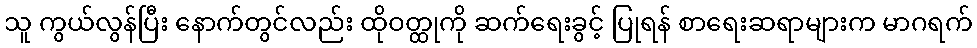
သူ ကွယ်လွန်ပြီး နောက်တွင်လည်း ထိုဝတ္ထုကို ဆက်ရေးခွင့် ပြုရန် စာရေးဆရာများက မာဂရက်